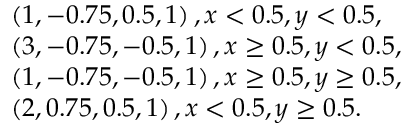
\begin{array} { r l } & { \left( 1 , - 0 . 7 5 , 0 . 5 , 1 \right) , x < 0 . 5 , y < 0 . 5 , } \\ & { \left( 3 , - 0 . 7 5 , - 0 . 5 , 1 \right) , x \ge 0 . 5 , y < 0 . 5 , } \\ & { \left( 1 , - 0 . 7 5 , - 0 . 5 , 1 \right) , x \ge 0 . 5 , y \ge 0 . 5 , } \\ & { \left( 2 , 0 . 7 5 , 0 . 5 , 1 \right) , x < 0 . 5 , y \ge 0 . 5 . } \end{array}